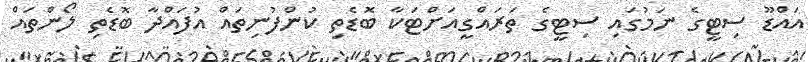
އައްޑޫ ސިޓީގެ ނަމުގައި ސިޓީގެ ތަރައްގީއަށްޓަކާ ބޮޑެތި ކުންފުނިތައް އުފައްދާ ބޮޑެތި ލޯންތައް